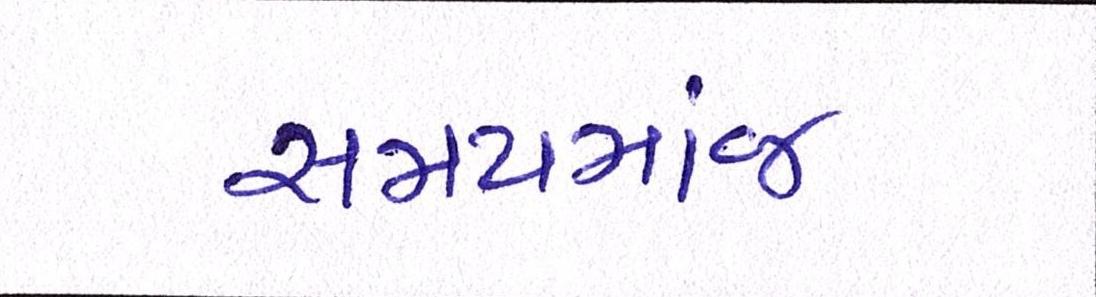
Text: સમયમાંજ